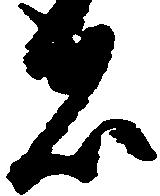
者